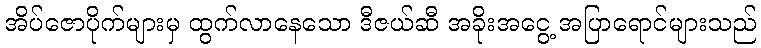
အိပ်ဇောပိုက်များမှ ထွက်လာနေသော ဒီဇယ်ဆီ အခိုးအငွေ့ အပြာရောင်များသည်